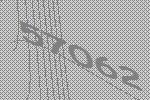
57062